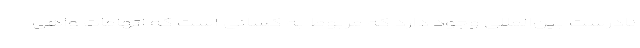
نادرست بین‌المللی وجود دارد که مربوط به کسانی است که اتهامات واهی